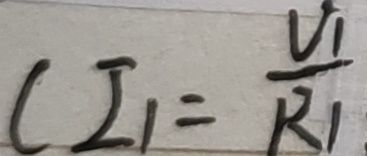
( I _ { 1 } = \frac { V _ { 1 } } { R _ { 1 } }